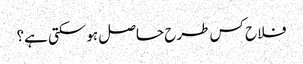
فلاح کس طرح حاصل ہوسکتی ہے؟